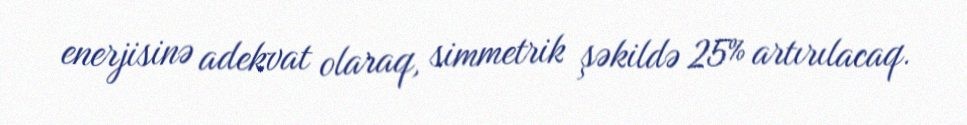
enerjisinə adekvat olaraq, simmetrik şəkildə 25% artırılacaq.